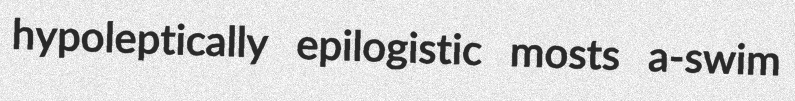
hypoleptically epilogistic mosts a-swim